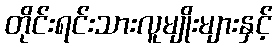
တိုင်းရင်းသားလူမျိုးများနှင့်